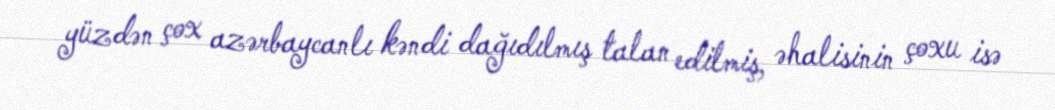
yüzdən çox azərbaycanlı kəndi dağıdılmış talan edilmiş, əhalisinin çoxu isə